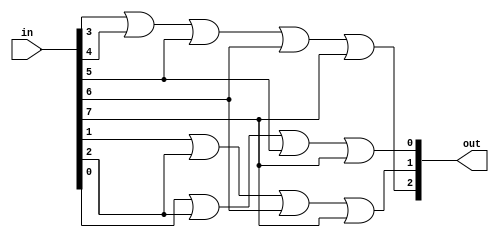
`timescale 1ns / 1ps
//////////////////////////////////////////////////////////////////////////////////
// Company: 
// Engineer: 
// 
// Design Name: 
// Module Name: Encoder_8to3line
// Project Name: 
// Target Devices: 
// Tool Versions: 
// Description: 
// 
// Dependencies: 
// 
// Revision:
// Revision 0.01 - File Created
// Additional Comments:
// 
//////////////////////////////////////////////////////////////////////////////////


module Encoder_8to3line(out,in);
input [7:0]in;
output [2:0]out;
assign out[2]=in[3]|in[4]|in[5]|in[6]|in[7];
assign out[1]=in[1]|in[2]|in[6]|in[7];
assign out[0]=in[0]|in[2]|in[5]|in[7];
endmodule